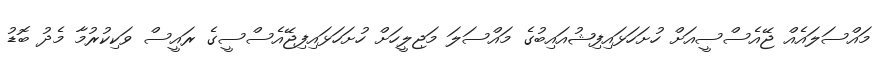
މައްސަލައެއް ޖޭއެސްސީއަށް ހުށަހަޅައިފިޝުއައިބުގެ މައްސަލަ މަޖިލީހަށް ހުށަހަޅައިފިޖޭއެސްސީގެ ރައީސް ވަކިކުރުމާ މެދު ބޮޑު